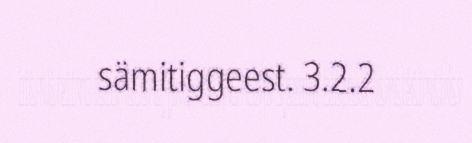
sämitiggeest. 3.2.2